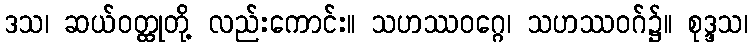
ဒသ၊ ဆယ်ဝတ္ထုတို့ လည်းကောင်း။ သဟဿဝဂ္ဂေ၊ သဟဿဝဂ်၌။ စုဒ္ဒသ၊